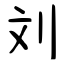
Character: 刘